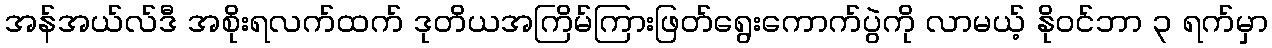
အန်အယ်လ်ဒီ အစိုးရလက်ထက် ဒုတိယအကြိမ်ကြားဖြတ်ရွေးကောက်ပွဲကို လာမယ့် နိုဝင်ဘာ ၃ ရက်မှာ